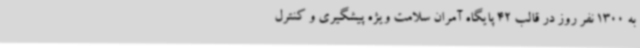
به 1300 نفر روز در قالب 42 پایگاه آمران سلامت ویژه پیشگیری و کنترل